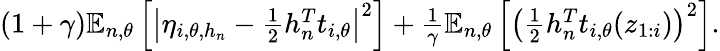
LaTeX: \begin{array}{r}{(1+\gamma){\mathbb E}_{n,\theta}\left[\left|\eta_{i,\theta,h_{n}}-\frac 12h_{n}^{T}t_{i,\theta}\right|^{2}\right]+\frac{1}{\gamma}{\mathbb E}_{n,\theta}\left[\left(\frac 12h_{n}^{T}t_{i,\theta}(z_{1:i})\right)^{2}\right].}\end{array}